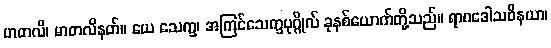
မာတလိ၊ မာတလိနတ်။ ယေ သေက္ခ၊ အကြင်သေက္ခပုဂ္ဂိုလ် ခုနစ်ယောက်တို့သည်။ ရာဂဒေါသဝိနယာ၊